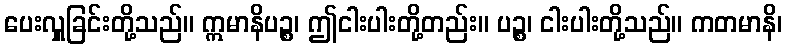
ပေးလှူခြင်းတို့သည်။ ဣမာနိပဉ္စ၊ ဤငါးပါးတို့တည်း။ ပဉ္စ၊ ငါးပါးတို့သည်။ ကတမာနိ၊